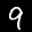
Label: 9